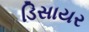
ડિસાયર